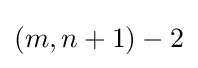
(m,n+1)-2